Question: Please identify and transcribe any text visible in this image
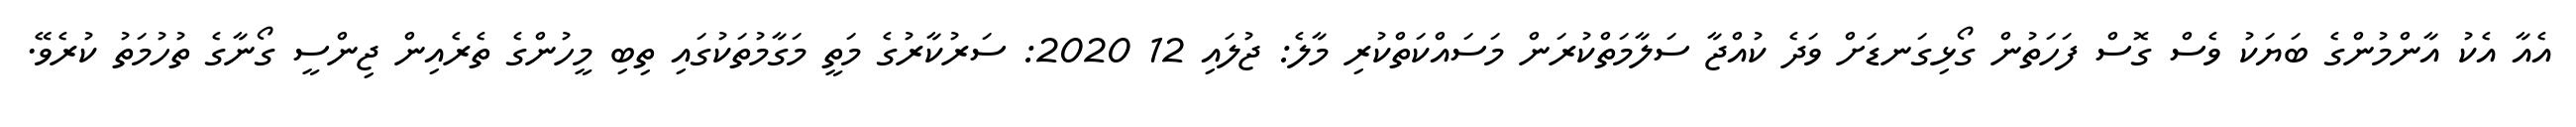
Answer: އެއާ އެކު އާންމުންގެ ބަޔަކު ވެސް ގޮސް ފަހަތުން ގޯޅިގަނޑަށް ވަދެ ކުއްޖާ ސަލާމަތްކުރަން މަސައްކަތްކުރި މާލެ: ޖުލައި 12 2020: ސަރުކާރުގެ މަތީ މަގާމުތަކުގައި ތިބި މީހުންގެ ތެރެއިން ޖިންސީ ގޯނާގެ ތުހުމަތު ކުރެވޭ.